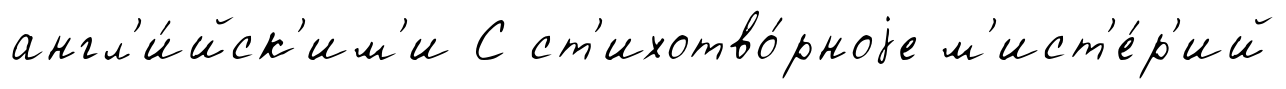
англ'и́йск'им'и С ст'ихотво́рноjе м'ист'е́р'ий